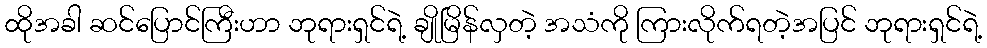
ထိုအခါ ဆင်ပြောင်ကြီးဟာ ဘုရားရှင်ရဲ့ ချိုမြိန်လှတဲ့ အသံကို ကြားလိုက်ရတဲ့အပြင် ဘုရားရှင်ရဲ့